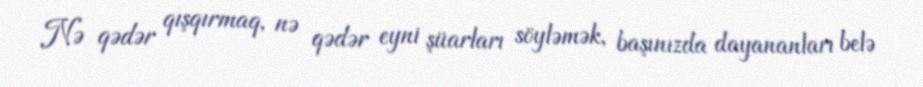
Nə qədər qışqırmaq, nə qədər eyni şüarları söyləmək, başınızda dayananları belə